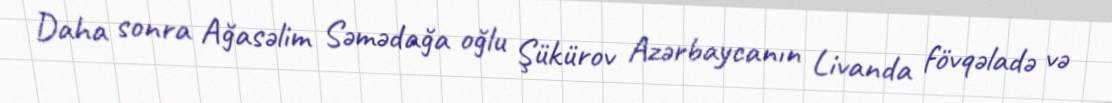
Daha sonra Ağasəlim Səmədağa oğlu Şükürov Azərbaycanın Livanda fövqəladə və